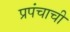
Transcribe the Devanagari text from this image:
प्रपंचाची